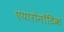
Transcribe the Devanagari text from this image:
एयारोनॉटिक